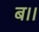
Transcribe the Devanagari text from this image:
ब।।